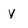
Character: y